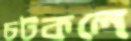
চটকলে